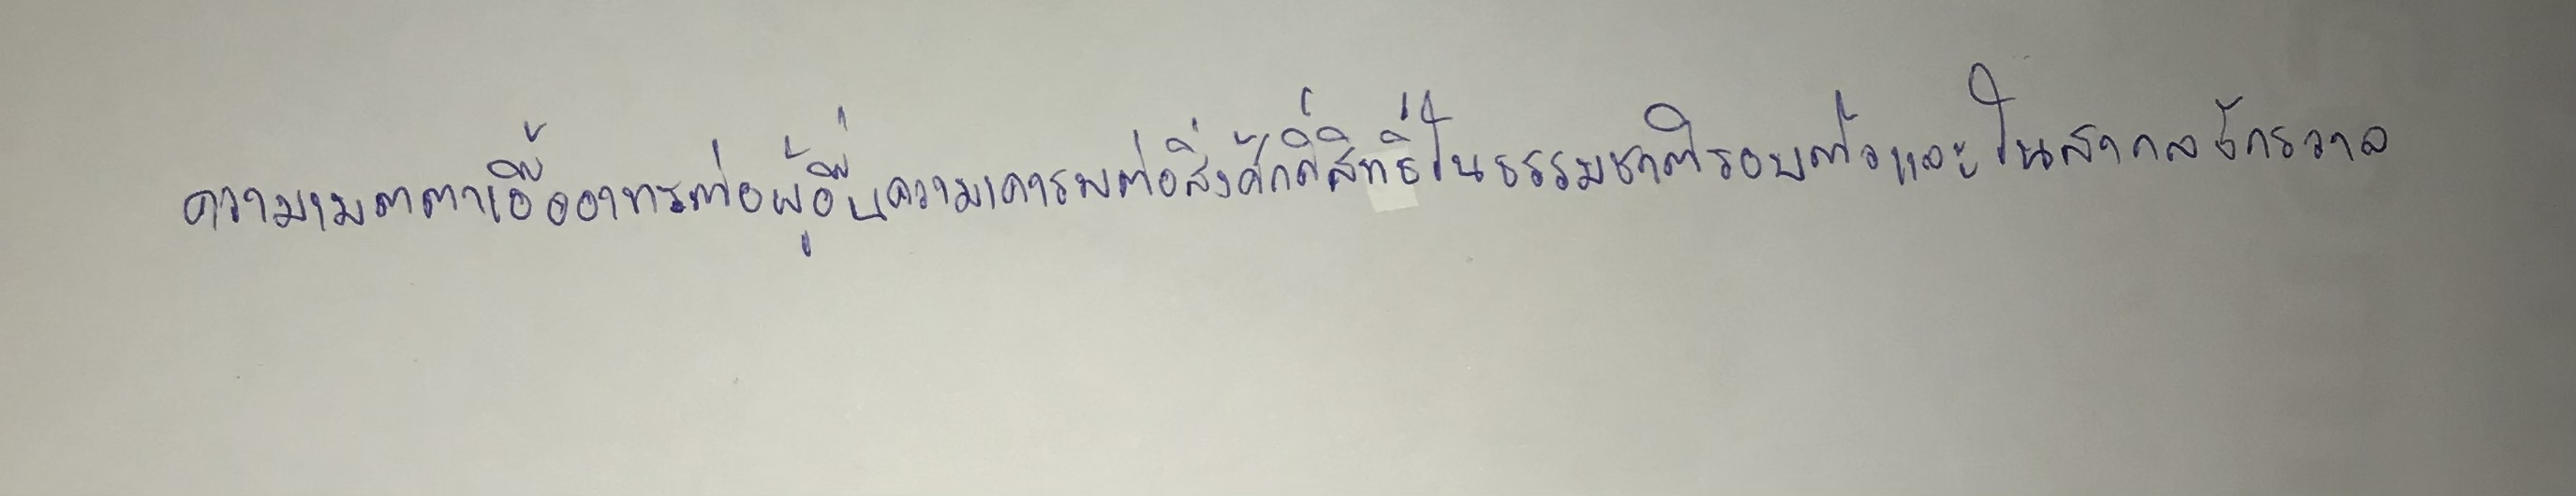
ความเมตตาเอื้ออาทรต่อผู้อื่นความเคารพต่อสิ่งศักดิ์สิทธิ์ในธรรมชาติรอบตัวและในสากลจักรวาล